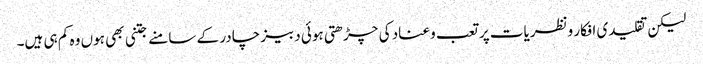
لیکن تقلیدی افکار ونظریات پر تعب وعناد کی چڑھتی ہوئی دبیز چادر کے سامنے جتنی بھی ہوں وہ کم ہی ہیں۔